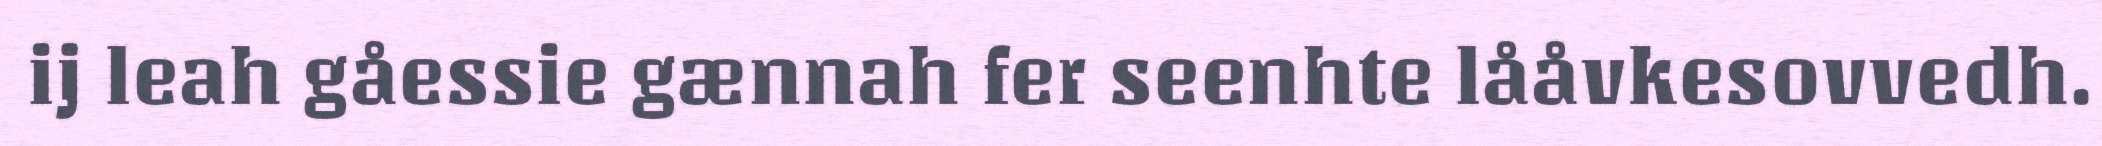
ij leah gåessie gænnah fer seenhte lååvkesovvedh.